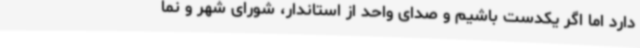
دارد اما اگر یکدست باشیم و صدای واحد از استاندار، شورای شهر و نما